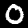
Label: 0